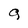
Character: g